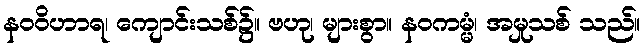
နဝဝိဟာရ၊ ကျောင်းသစ်၌။ ဗဟု၊ များစွာ။ နဝကမ္မံ၊ အမှုသစ် သည်။